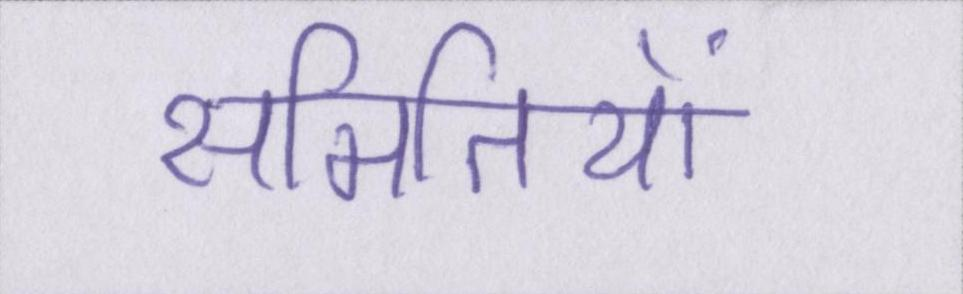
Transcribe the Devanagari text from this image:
समितियों